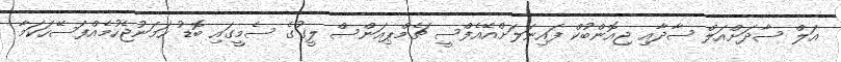
އަލް ސާދަށްއަލް ސާދާއި ޖިއޮންބުކް ފައިނަލަށްއޭއެފްސީ ޗެމްޕިއަންސް ލީގުގެ ސެމީގައި ބޮޑު ހަމަނުޖެހުމެއްފަސޭހަކަމާ